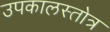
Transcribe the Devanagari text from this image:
उपकालस्तोत्र